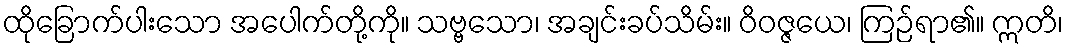
ထိုခြောက်ပါးသော အပေါက်တို့ကို။ သဗ္ဗသော၊ အချင်းခပ်သိမ်း။ ဝိဝဇ္ဇယေ၊ ကြဉ်ရာ၏။ ဣတိ၊